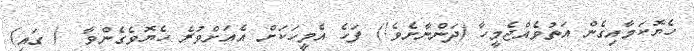
ހެޔޮކަމާއިގެން އަތުވެއްޖެމީހާ (ދަންނާށެވެ!) ފަހެ އެމީހަކަށް އެއަށްވުރެ ހެޔޮވެގެންވާ  ( ގައި)